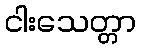
ငါးသေတ္တာ